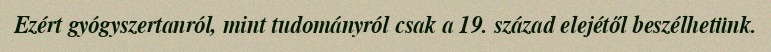
Ezért gyógyszertanról, mint tudományról csak a 19. század elejétől beszélhetünk.